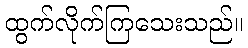
ထွက်လိုက်ကြသေးသည်။